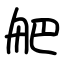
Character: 舥